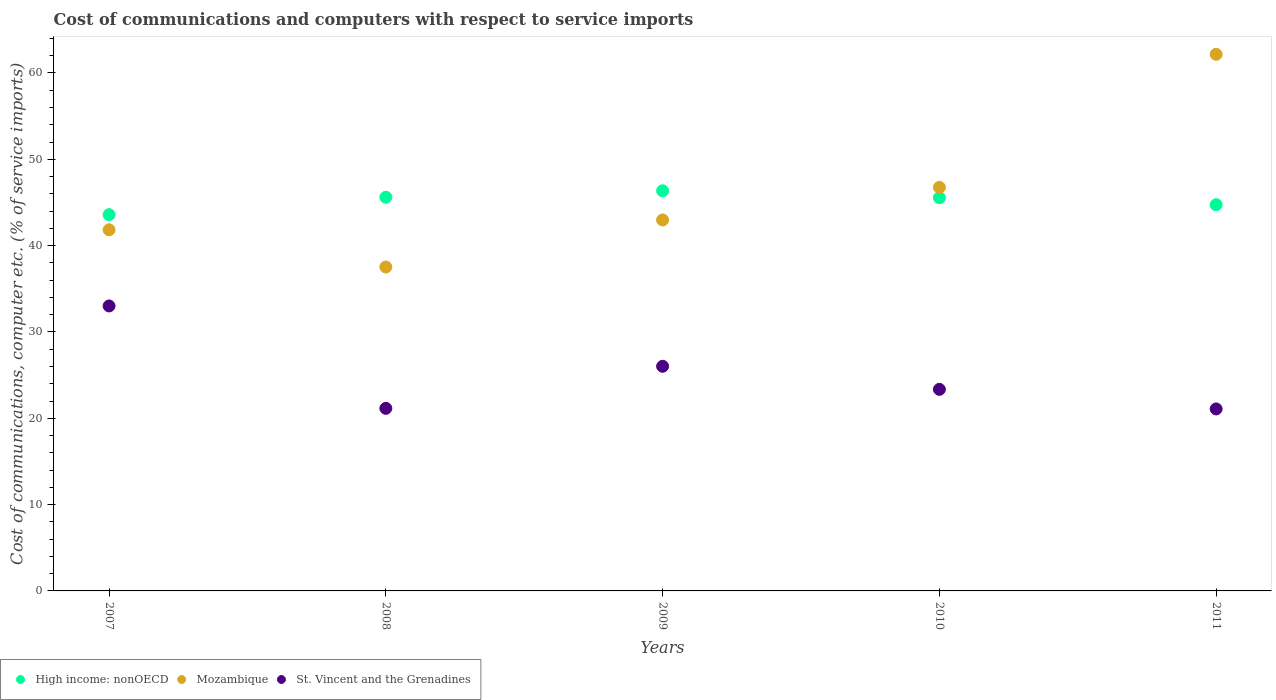
| Years | High income: nonOECD | Mozambique | St. Vincent and the Grenadines |
 | --- | --- | --- | --- |
 | 2007 | 43.6 | 41.8 | 33 |
 | 2008 | 45.6 | 37.5 | 21.2 |
 | 2009 | 46.4 | 43 | 26 |
 | 2010 | 45.6 | 46.7 | 23.4 |
 | 2011 | 44.7 | 62.2 | 21.1 |